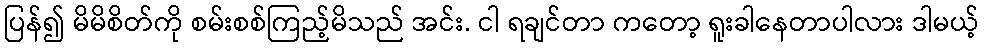
ပြန်၍ မိမိစိတ်ကို စမ်းစစ်ကြည့်မိသည် အင်း. ငါ ရချင်တာ ကတော့ ရူးခါနေတာပါလား ဒါမယ့်